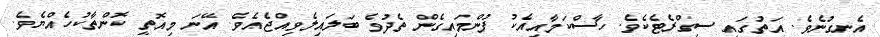
އެނގުނެވެ. އަތުގައި ސިގްރެޓެކެވެ. ހާސްކަމާއިއެކު ފުންމައިގެން ތެދުވެ ބަލައިލެވިއްޖެއެވެ. އޭނަ މިއޮތީ ކޮންތާކުހެއްޔެވެ.